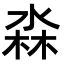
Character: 𭪳